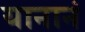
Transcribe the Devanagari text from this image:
यानानं